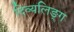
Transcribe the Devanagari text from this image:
दिव्यलिङ्ग